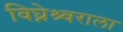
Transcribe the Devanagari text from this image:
विघ्नेश्र्वराला